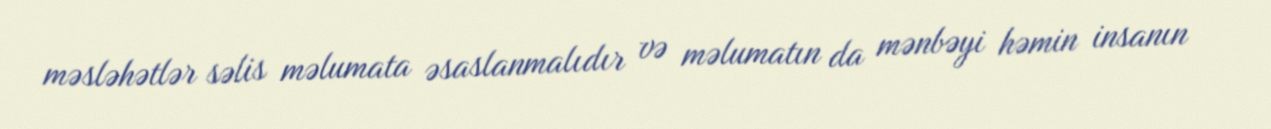
məsləhətlər səlis məlumata əsaslanmalıdır və məlumatın da mənbəyi həmin insanın